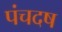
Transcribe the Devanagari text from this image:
पंचदष